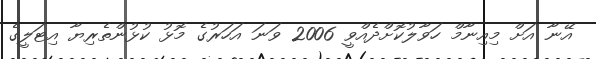
އޭނާ އަށް މިއިނާމް ހަވާލުކޮށްދެއްވީ 2006 ވަނަ އަހަރުގެ މޮޅު ކުޅުންތެރިޔާ އިޓަލީގެ